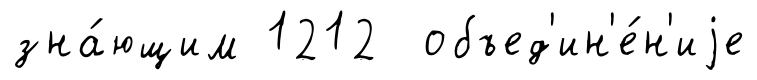
зна́ющим 1212 объед'ин'е́н'иjе